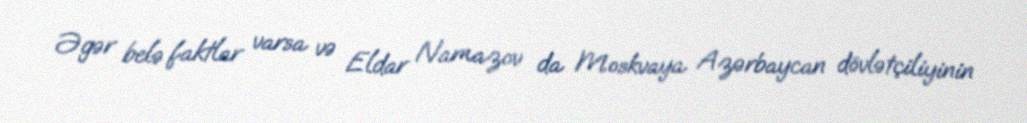
Əgər belə faktlar varsa və Eldar Namazov da Moskvaya Azərbaycan dövlətçiliyinin